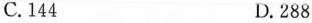
C.144 D.288